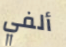
ألفي